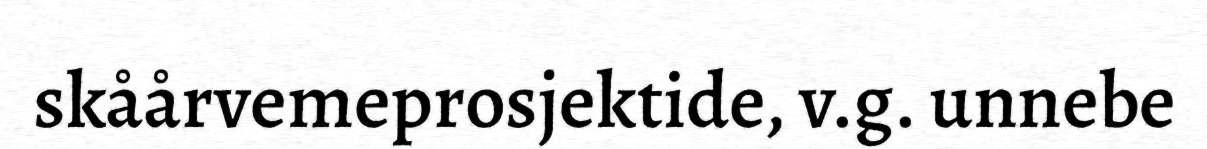
skåårvemeprosjektide, v.g. unnebe